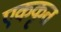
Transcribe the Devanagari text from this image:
एककृत